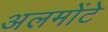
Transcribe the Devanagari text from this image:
अलमोंटे